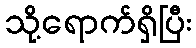
သို့ရောက်ရှိပြီး